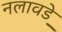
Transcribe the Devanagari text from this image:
नलावडे़